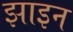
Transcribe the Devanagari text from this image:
झाइन